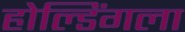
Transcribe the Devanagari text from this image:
होल्डिंगला